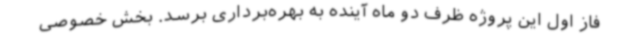
فاز اول این پروژه ظرف دو ماه آینده به بهره‌برداری برسد. بخش خصوصی